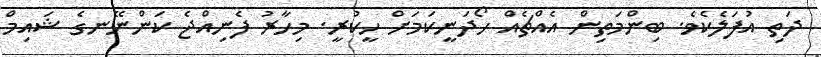
ދަތި އުފަލެކެވެ. ބިންމަތިން އެއްޗެއް ހޯދަނީކަމަށް ހީކުރީ. މިހާރު ފެނިއްޖެ ކަންނޭނގެ ޝައިމް